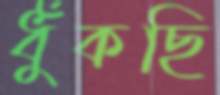
ধুঁকছি